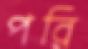
পরি